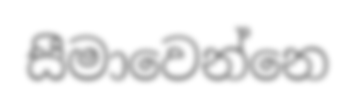
සීමාවෙන්නෙ